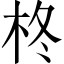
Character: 柊